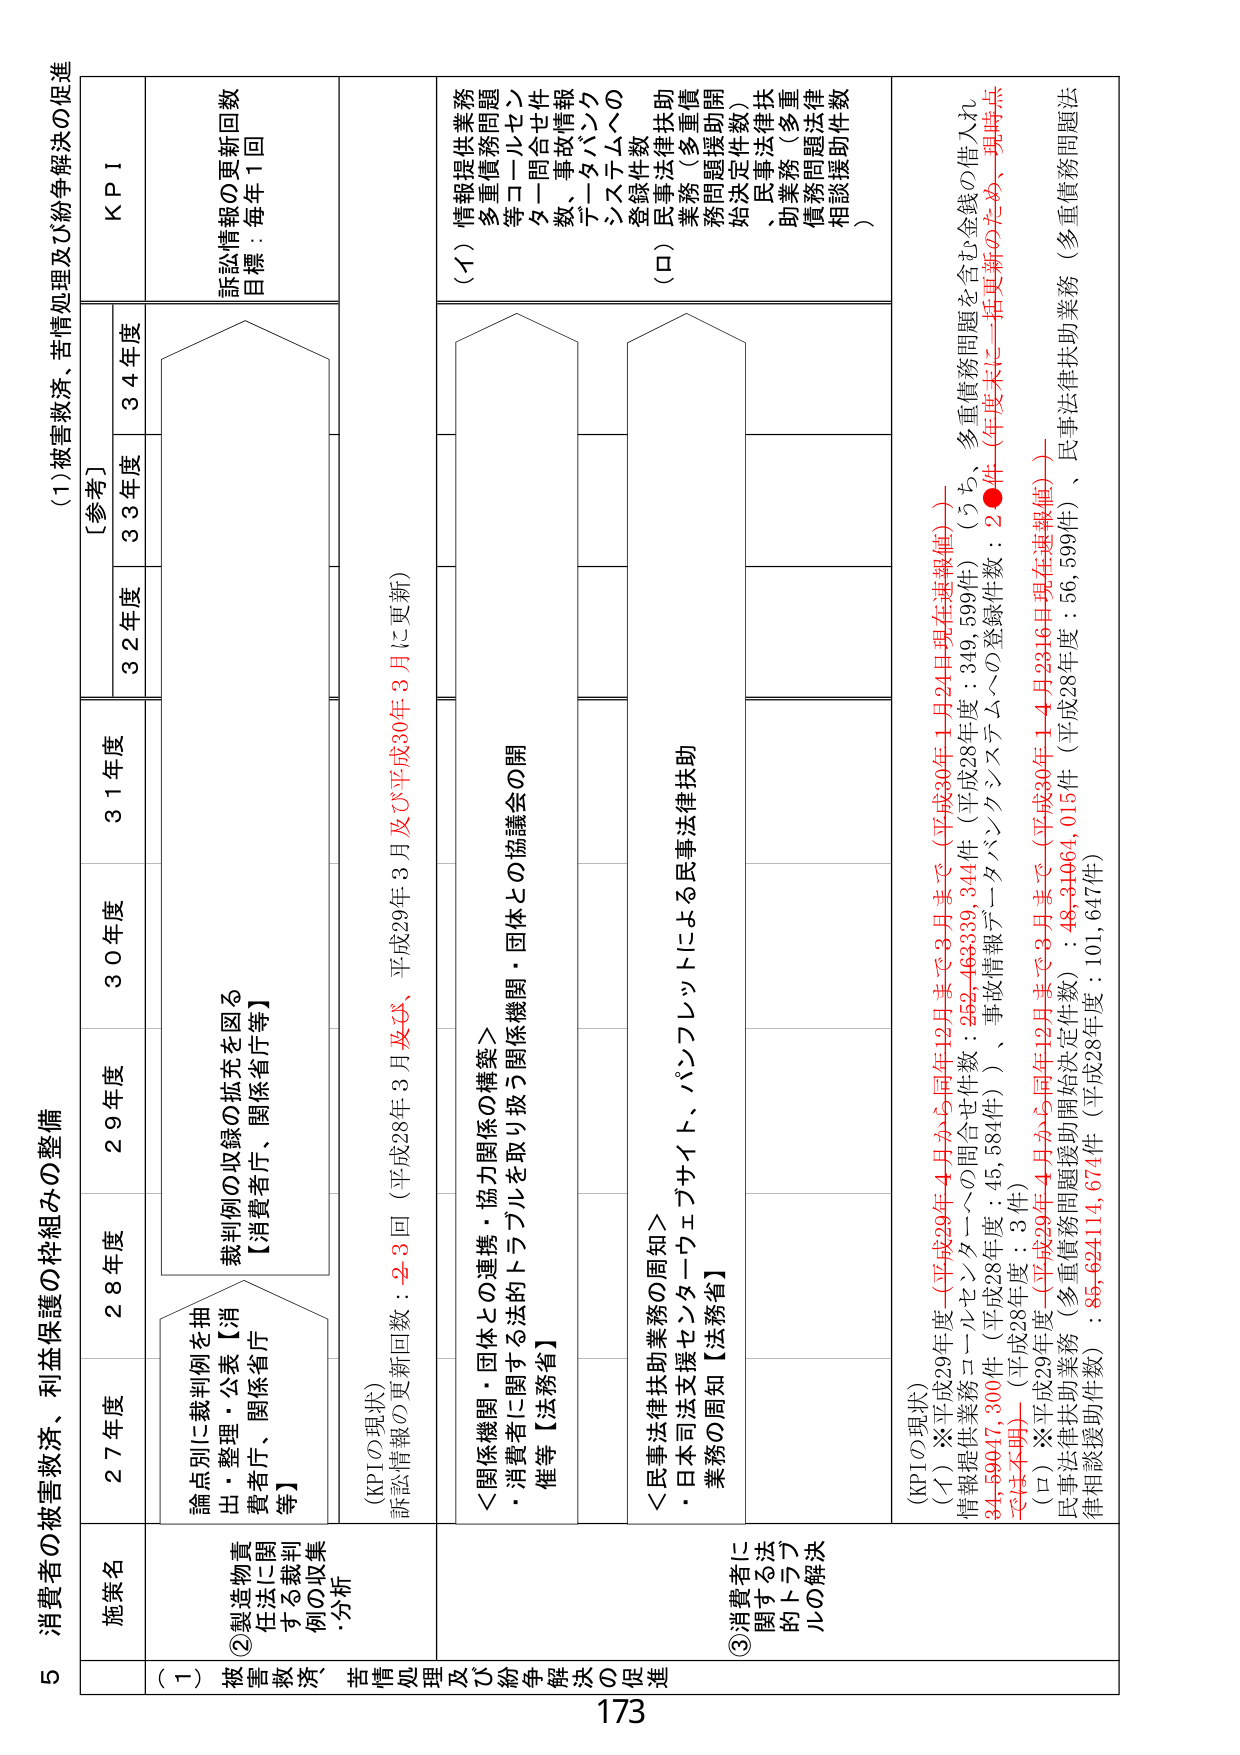
5 消費者の被害救済、利益保護の枠組みの整備

(1) 被害救済、苦情処理及び紛争解決の促進

施策名
27年度
28年度
29年度
30年度
31年度
[参考]
32年度
33年度
34年度
KPI

(1) 被害救済、苦情処理及び紛争解決の促進

②製造物責任法に関する裁判例の収集・分析
論点別に裁判例を抽出・整理・公表【消費者庁、関係省庁等】
裁判例の収録の拡充を図る
【消費者庁、関係省庁等】

(KPIの現状)
訴訟情報の更新回数：2-3回（平成28年3月及び平成29年3月に更新）

訴訟情報の更新回数
目標：毎年1回

③消費者に関する法的トラブルの解決
＜関係機関・団体との連携・協力関係の構築＞
・消費者に関する法的トラブルを取り扱う関係機関・団体との協議会の開催等【法務省】

＜民事法律扶助業務の周知＞
・日本司法支援センターウェブサイト、パンフレットによる民事法律扶助業務の周知【法務省】

(KPIの現状)
(イ) ※平成29年度（平成29年4月から同年12月まで3月まで（平成30年1月24日現在速報値））
情報提供業務コーナーへの問合せ件数：252,46339,344件（平成28年度：349,599件）（うち、多重債務問題を含む金銭の借入れ24,59647,300件（平成28年度：45,584件））、事故情報データバンクシステムへの登録件数：2●件（年度末に一括更新のため、現時点では不明）（平成28年度：3件）
(ロ) ※平成29年度（平成29年4月から同年12月まで3月まで（平成30年1月23日現在速報値））
民事法律扶助業務（多重債務問題援助開始決定件数）：48,31664,015件（平成28年度：56,599件）、民事法律扶助業務（多重債務問題法律相談援助件数）：85,624114,674件（平成28年度：101,647件）

(イ) 情報提供業務
多重債務問題
等コーナルセント
タ一問合せ件数、事故情報
データバンク
システムへの
登録件数
(ロ) 民事法律扶助
業務（多重債務問題援助開始決定件数）
、民事法律扶助業務（多重債務問題法律相談援助件数）

173